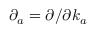
\partial _ { a } = \partial / \partial k _ { a }